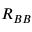
R _ { B B }